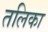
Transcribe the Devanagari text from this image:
तलिका